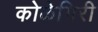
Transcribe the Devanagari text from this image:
कोळेगिरी